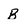
Character: B